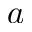
a